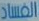
الفساد